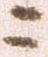
ニ